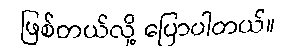
ဖြစ်တယ်လို့ ပြောပါတယ်။